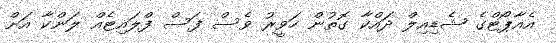
އެއާޕޯޓްގެ ޝެޑިއިލް ދައްކާ ގޮތުން ހަވީރު ވެސް ފަސް ފްލައިޓެއް ލަންކާ އަށް